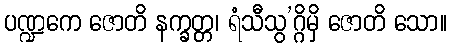
ပဏ္ဍကေ ဇောတိ နက္ခတ္တ၊ ရံသီသွ’ဂ္ဂိမှိ ဇောတိ သော။